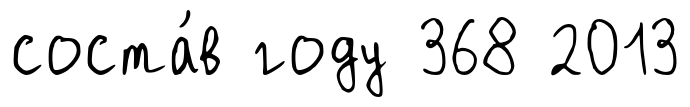
соста́в году 368 2013